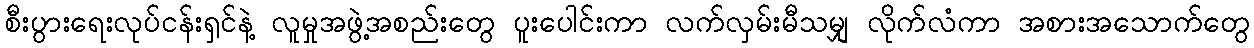
စီးပွားရေးလုပ်ငန်းရှင်နဲ့ လူမှုအဖွဲ့အစည်းတွေ ပူးပေါင်းကာ လက်လှမ်းမီသမျှ လိုက်လံကာ အစားအသောက်တွေ